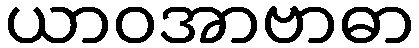
ယာဝအာဗာဓာ